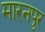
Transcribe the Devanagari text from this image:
मारनपुर